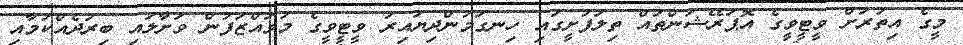
މީގެ އިތުރަށް ވީޓީވީގެ އޮޕަރޭޝަންތައް ތިލަފުށީގައި ހިނގަމުންދިޔައިރު ވީޓީވީގެ މުވައްޒަފުން ވަށާލައި ބިރުދެއްކުމާއި